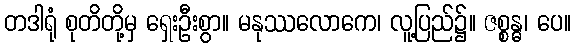
တဒါရုံ စုတိတို့မှ ရှေးဦးစွာ။ မနုဿလောကေ၊ လူ့ပြည်၌။ ဇစ္စန္ဓ၊ ပေ။